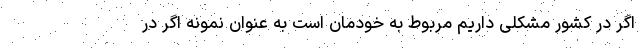
اگر در کشور مشکلی داریم مربوط به خودمان است به عنوان نمونه اگر در